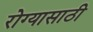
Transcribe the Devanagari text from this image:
रोग्यासाठी